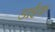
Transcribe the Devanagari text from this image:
डाईक